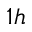
1 h